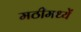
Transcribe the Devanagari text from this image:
मठीमध्यें